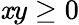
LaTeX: \mathit{x}y\ge0